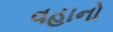
વહાનો